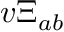
v \Xi _ { a b }